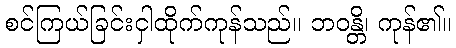
စင်ကြယ်ခြင်းငှါထိုက်ကုန်သည်။ ဘဝန္တိ၊ ကုန်၏။